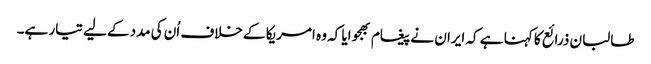
طالبان ذرائع کا کہنا ہے کہ ایران نے پیغام بھجوایا کہ وہ امریکا کے خلاف اُن کی مددکے لیے تیار ہے۔